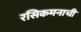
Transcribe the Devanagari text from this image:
रसिकमनाची